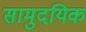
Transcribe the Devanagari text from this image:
सामुदयिक